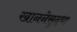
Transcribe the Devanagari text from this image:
खाननेसुद्धा